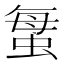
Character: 𱿦